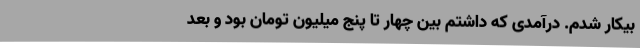
بیکار شدم. درآمدی که داشتم بین چهار تا پنج میلیون تومان بود و بعد